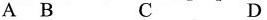
A B C D